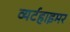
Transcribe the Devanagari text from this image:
व्यर्टहाइमर